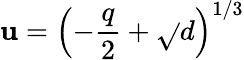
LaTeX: \mathbf{u}=\left(-\frac{{q}}{{2}}+\sqrt{}{{d}}\right)^{1/3}